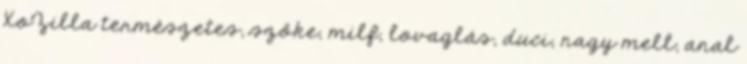
XoZilla természetes, szőke, milf, lovaglás, duci, nagy mell, anal